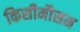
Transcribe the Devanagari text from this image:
किसीमौसम